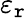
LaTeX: \varepsilon_{\mathtt{r}}